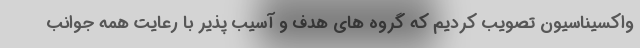
واکسیناسیون تصویب کردیم که گروه های هدف و آسیب پذیر با رعایت همه جوانب